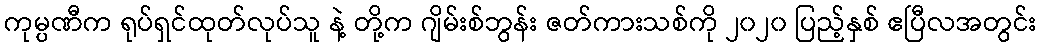
ကုမ္ပဏီက ရုပ်ရှင်ထုတ်လုပ်သူ နဲ့ တို့က ဂျိမ်းစ်ဘွန်း ဇတ်ကားသစ်ကို ၂၀၂၀ ပြည့်နှစ် ဧပြီလအတွင်း